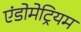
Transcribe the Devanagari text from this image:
एंडोमेट्रियम